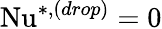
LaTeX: \mathrm{Nu}^{*,(drop)}=0